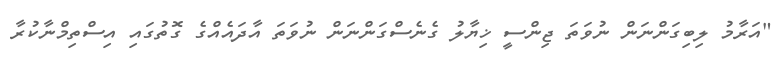
"އަރާމު ލިބިގަންނަން ނުވަތަ ޖިންސީ ޚިޔާލު ގެނެސްގަންނަން ނުވަތަ އާދައެއްގެ ގޮތުގައި އިސްތިމްނާކުރާ